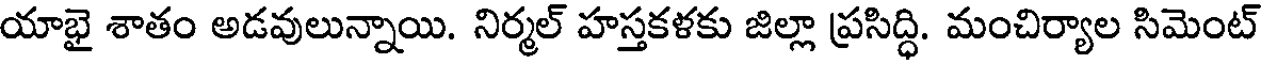
యాభై శాతం అడవులున్నాయి. నిర్మల్ హస్తకళకు జిల్లా ప్రసిద్ధి. మంచిర్యాల సిమెంట్